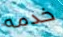
خدمه